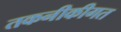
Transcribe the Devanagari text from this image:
तकनीकीगत